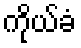
ကိုယ်ခံ